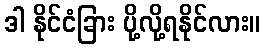
ဒါ နိုင်ငံခြား ပို့လို့ရနိုင်လား။